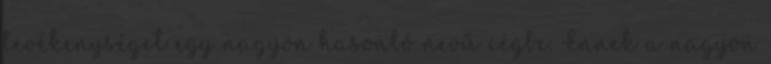
tevékenységet egy nagyon hasonló nevű cégbe. Ennek a nagyon